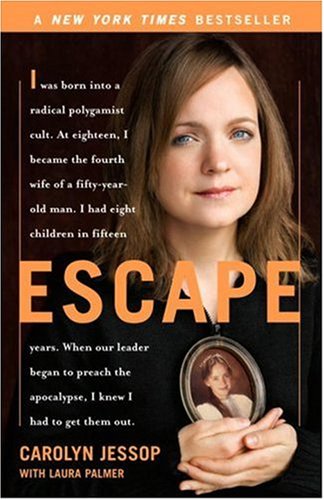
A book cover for Escape; Carolyn Jessop; Biographies & Memoirs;